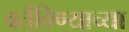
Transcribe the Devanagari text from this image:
वर्तविण्याच्या